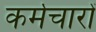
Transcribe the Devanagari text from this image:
कर्मचारों